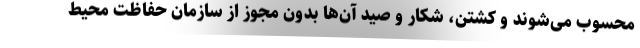
محسوب می‌شوند و کشتن، شکار و صید آن‌ها بدون مجوز از سازمان حفاظت محیط